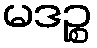
မဒဉ္စ